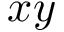
x y